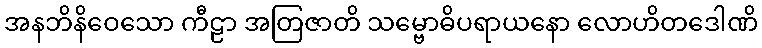
အနဘိနိဝေသော ကီဠာ အတြဇာတိ သမ္ဗောဓိပရာယနော လောဟိတဒေါဏိ